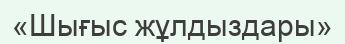
«Шығыс жұлдыздары»